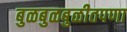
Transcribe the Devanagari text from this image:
बुळबुळबुळीतपणा